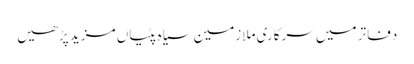
دفاتر میں سرکاری ملازمین سیاہ پٹیاں مزید پڑھیں